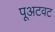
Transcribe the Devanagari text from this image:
पूअटवट